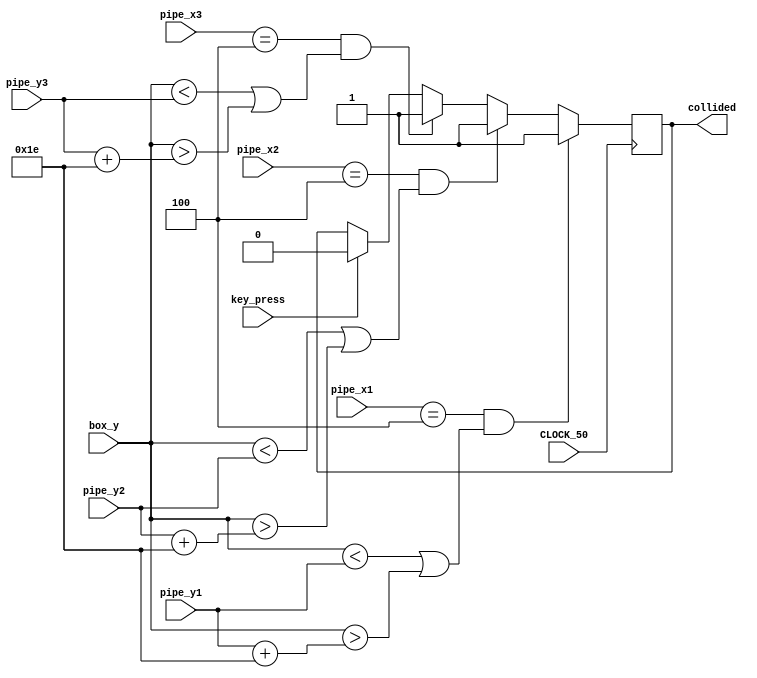
module collision_detector(box_y, CLOCK_50, key_press,
                            pipe_x1, pipe_y1, 
                            pipe_x2, pipe_y2, 
                            pipe_x3, pipe_y3, 
                            collided);

    // use to detect if the pipes and the box has collided and sends out a signal

    // initialize the different inputs 
    input[6:0] box_y;
    input CLOCK_50;
    input key_press; // key press to reset the signal that the box and pipe has touched

    input[8:0] pipe_x1;
    input[6:0] pipe_y1;

    input[8:0] pipe_x2;
    input[6:0] pipe_y2;

    input[8:0] pipe_x3;
    input[6:0] pipe_y3;
    
    // use a register to store if the box and pipe has touched or not
    output collided;
    reg touched = 1'b0;
    assign collided = touched;


    // there is no need for the box's x coordinate as input as its fixed at the 4th pixel
    // the box is a 1 pixel box
    reg[8:0] box_x = 9'd4;
    
    always @(posedge CLOCK_50) 
        begin
            // this checks if the x coordinate of the pipes and the box are the same
            // it also checks if the box is within the pipe's y coordinate
            // finally it determines if the two are touching
            if (pipe_x1 == (box_x) && (box_y < (pipe_y1) || box_y > (pipe_y1 + 30)))
                touched <= 1'b1;
            else if (pipe_x2 == (box_x) && (box_y < (pipe_y2) || box_y > (pipe_y2 + 30)))
                touched <= 1'b1;
            else if (pipe_x3 == (box_x) && (box_y < (pipe_y3) || box_y > (pipe_y3 + 30)))
                touched <= 1'b1;
            // the key press can reset the signal back to 0
            else if (key_press)
                touched <= 1'b0;
        end

endmodule